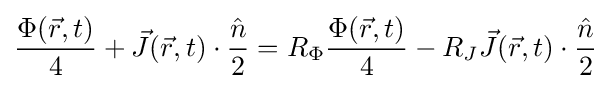
{\frac {\Phi ({\vec {r}},t)}{4}}+{\vec {J}}({\vec {r}},t)\cdot {\frac {\hat {n}}{2}}=R_{\Phi }{\frac {\Phi ({\vec {r}},t)}{4}}-R_{J}{\vec {J}}({\vec {r}},t)\cdot {\frac {\hat {n}}{2}}